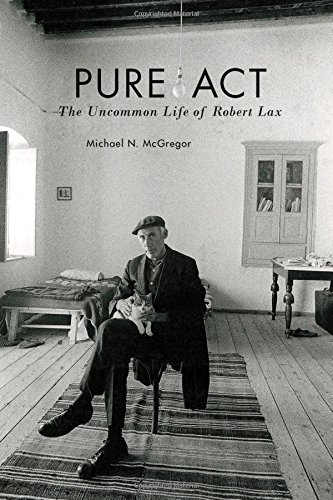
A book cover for Pure Act: The Uncommon Life of Robert Lax (Catholic Practice in North America (FUP)); Michael N. McGregor; Literature & Fiction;